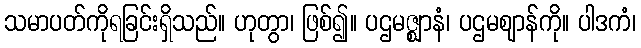
သမာပတ်ကိုရခြင်းရှိသည်။ ဟုတွာ၊ ဖြစ်၍။ ပဌမဇ္ဈာနံ၊ ပဌမဈာန်ကို။ ပါဒကံ၊